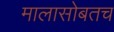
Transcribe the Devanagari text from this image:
मालासोबतच